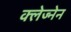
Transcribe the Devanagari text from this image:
क्लेज्नेन